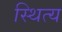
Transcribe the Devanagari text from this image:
स्थित्य